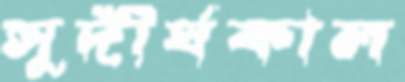
সুদীর্ঘকাল